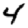
Digit: 4